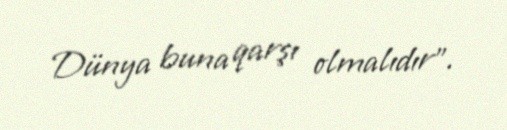
Dünya buna qarşı olmalıdır”.